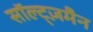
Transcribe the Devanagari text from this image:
सॉल्ट्ज़मैन